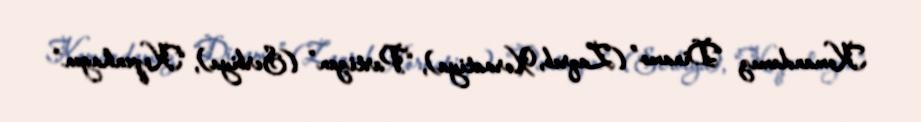
Komandamız “Dinamo” (Zaqreb, Xorvatiya), “Partizan” (Serbiya), “Kopenhagen”